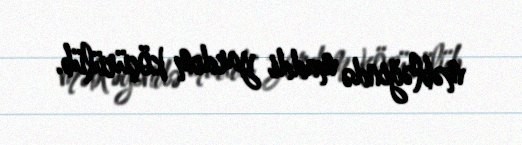
məbləğində maddi yardım köçürülüb.